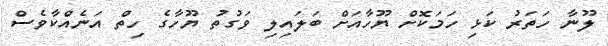
ލޫނާ ހަތަރު ކަޅި ހަމަކޮށް ޔޫހާއަށް ބަލައިލި ވަގުތު ޔޫހާގެ ހިތް އަނެއްކާވެސް